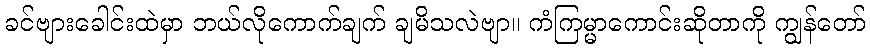
ခင်ဗျားခေါင်းထဲမှာ ဘယ်လိုကောက်ချက် ချမိသလဲဗျာ။ ကံကြမ္မာကောင်းဆိုတာကို ကျွန်တော်